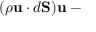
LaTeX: ( \rho \mathbf { u } \cdot d \mathbf { S } ) \mathbf { u } - { }